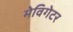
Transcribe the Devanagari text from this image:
मेविगेटर